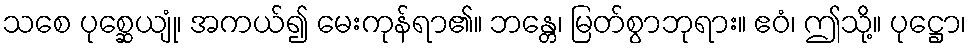
သစေ ပုစ္ဆေယျုံ၊ အကယ်၍ မေးကုန်ရာ၏။ ဘန္တေ၊ မြတ်စွာဘုရား။ ဧဝံ၊ ဤသို့။ ပုဋ္ဌော၊